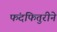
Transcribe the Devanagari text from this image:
फंदफितुरीने